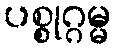
ပစ္စုဂ္ဂမ္မ